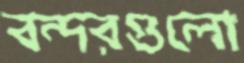
বন্দরগুলো